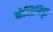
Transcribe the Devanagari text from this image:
ओन्टिमिट्टा